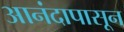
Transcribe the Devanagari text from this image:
आनंदापासून